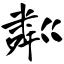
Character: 粼